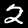
Digit: 2